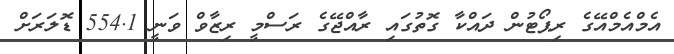
އެމްއެމްއޭގެ ރިޕޯޓުން ދައްކާ ގޮތުގައި ރާއްޖޭގެ ރަސްމީ ރިޒާވް ވަނީ 554.1 ޑޮލަރަށް